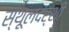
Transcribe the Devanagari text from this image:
स्थूलदर्शी